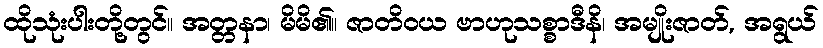
ထိုသုံးပါးတို့တွင်။ အတ္တနာ၊ မိမိ၏။ ဇာတိဝယ ဗာဟုသစ္စာဒီနိ၊ အမျိုးဇာတ်, အရွယ်